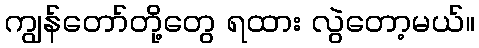
ကျွန်တော်တို့တွေ ရထား လွဲတော့မယ်။